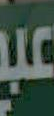
عبد